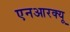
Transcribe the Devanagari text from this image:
एनआरक्यू